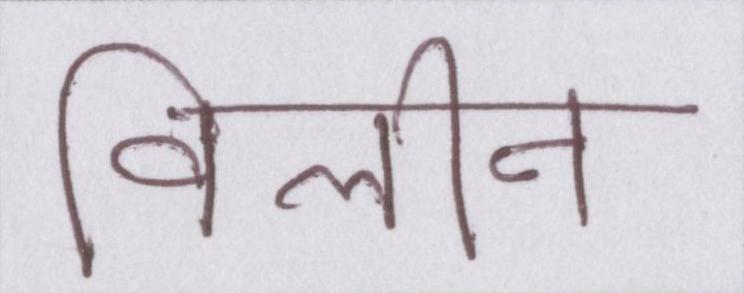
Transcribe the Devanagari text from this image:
विलीन